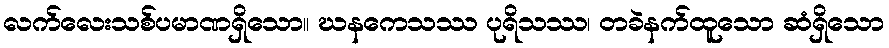
လက်လေးသစ်ပမာဏရှိသော။ ဃနကေသဿ ပုရိသဿ၊ တခဲနက်ထူသော ဆံရှိသော